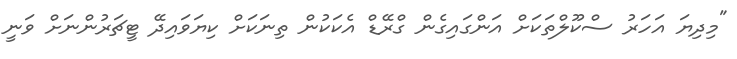
"މިދިޔަ އަހަރު ސްކޫލްތަކަށް އަންގައިގެން ގްރޭޑް އެކަކުން ތިނަކަށް ކިޔަވައިދޭ ޓީޗަރުންނަށް ވަނީ